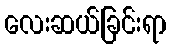
လေးဆယ်ခြင်းရာ